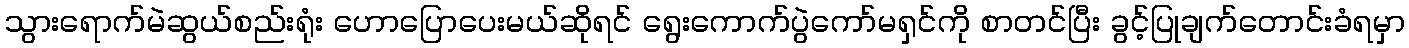
သွားရောက်မဲဆွယ်စည်းရုံး ဟောပြောပေးမယ်ဆိုရင် ရွေးကောက်ပွဲကော်မရှင်ကို စာတင်ပြီး ခွင့်ပြုချက်တောင်းခံရမှာ